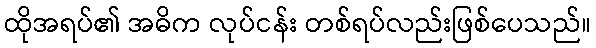
ထိုအရပ်၏ အဓိက လုပ်ငန်း တစ်ရပ်လည်းဖြစ်ပေသည်။